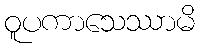
ဝူပကာသေဿာမိ